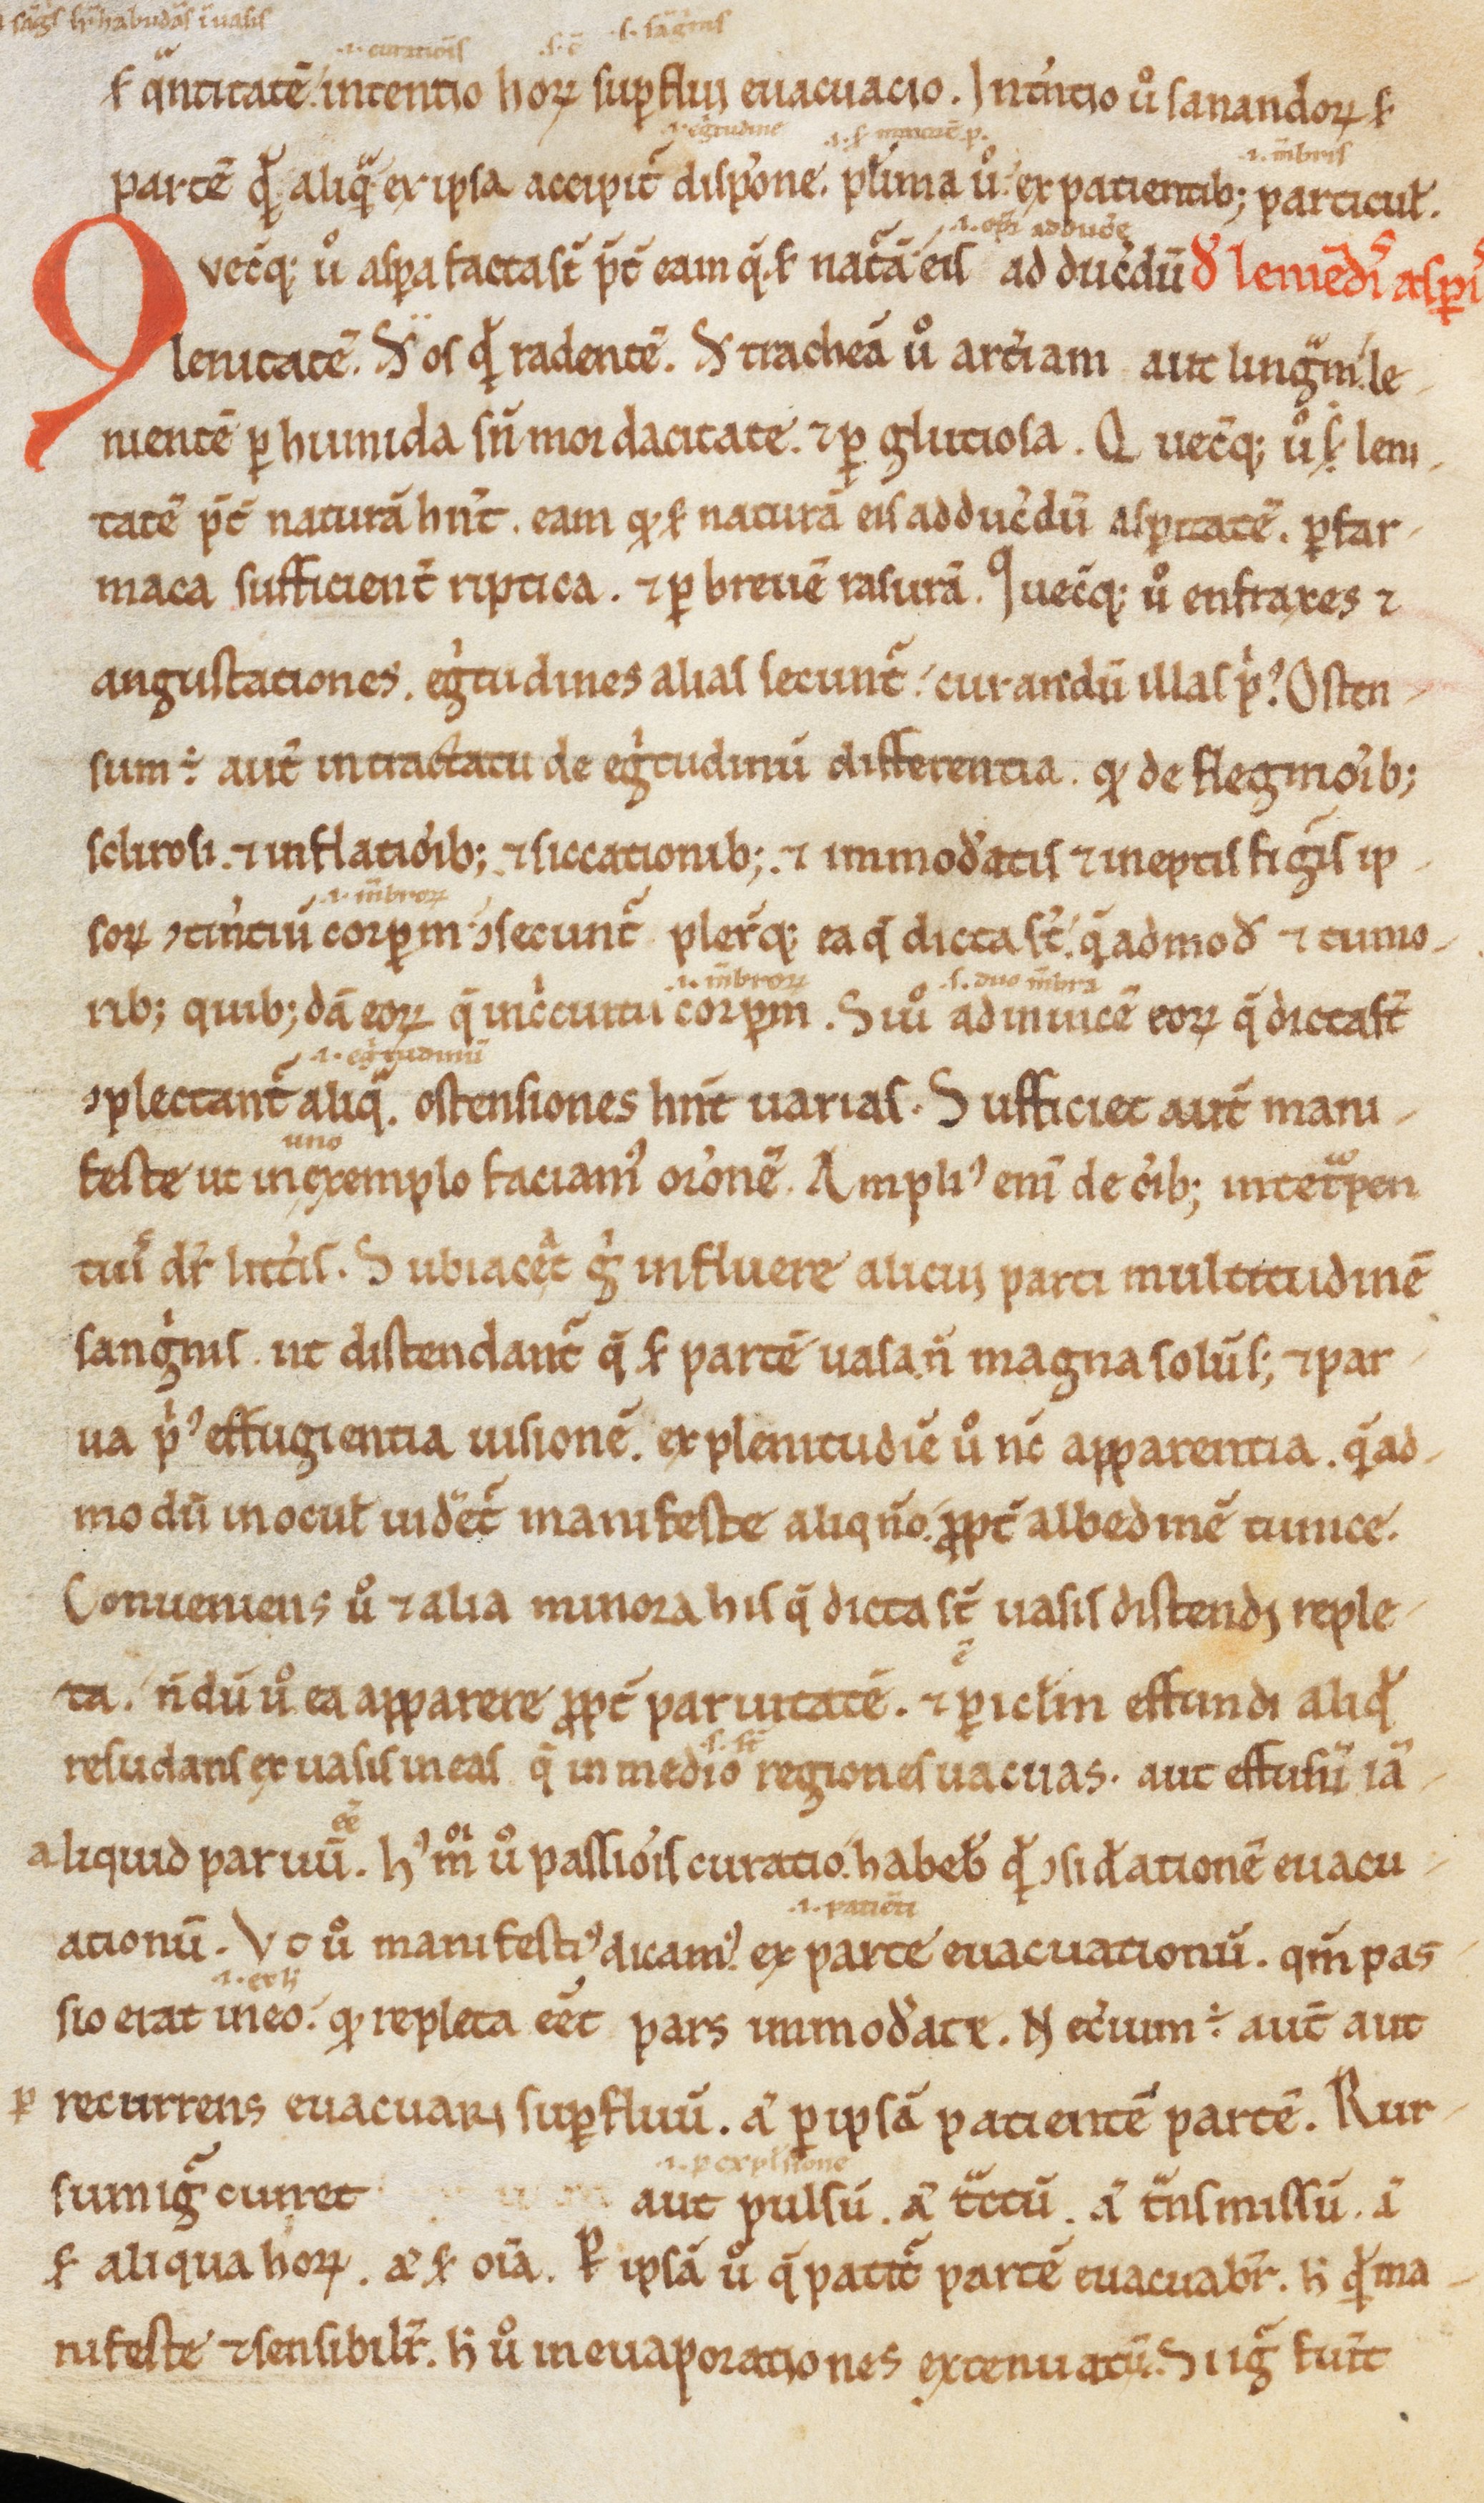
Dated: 900–1199